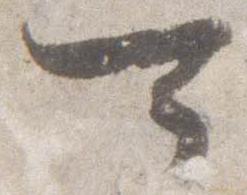
可